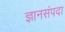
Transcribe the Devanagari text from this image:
ज्ञानसंपदा